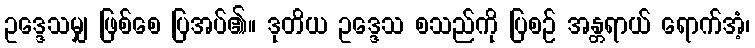
ဥဒ္ဒေသမျှ ဖြစ်စေ ပြအပ်၏။ ဒုတိယ ဥဒ္ဒေသ စသည်ကို ပြစဉ် အန္တရာယ် ရောက်အံ့၊